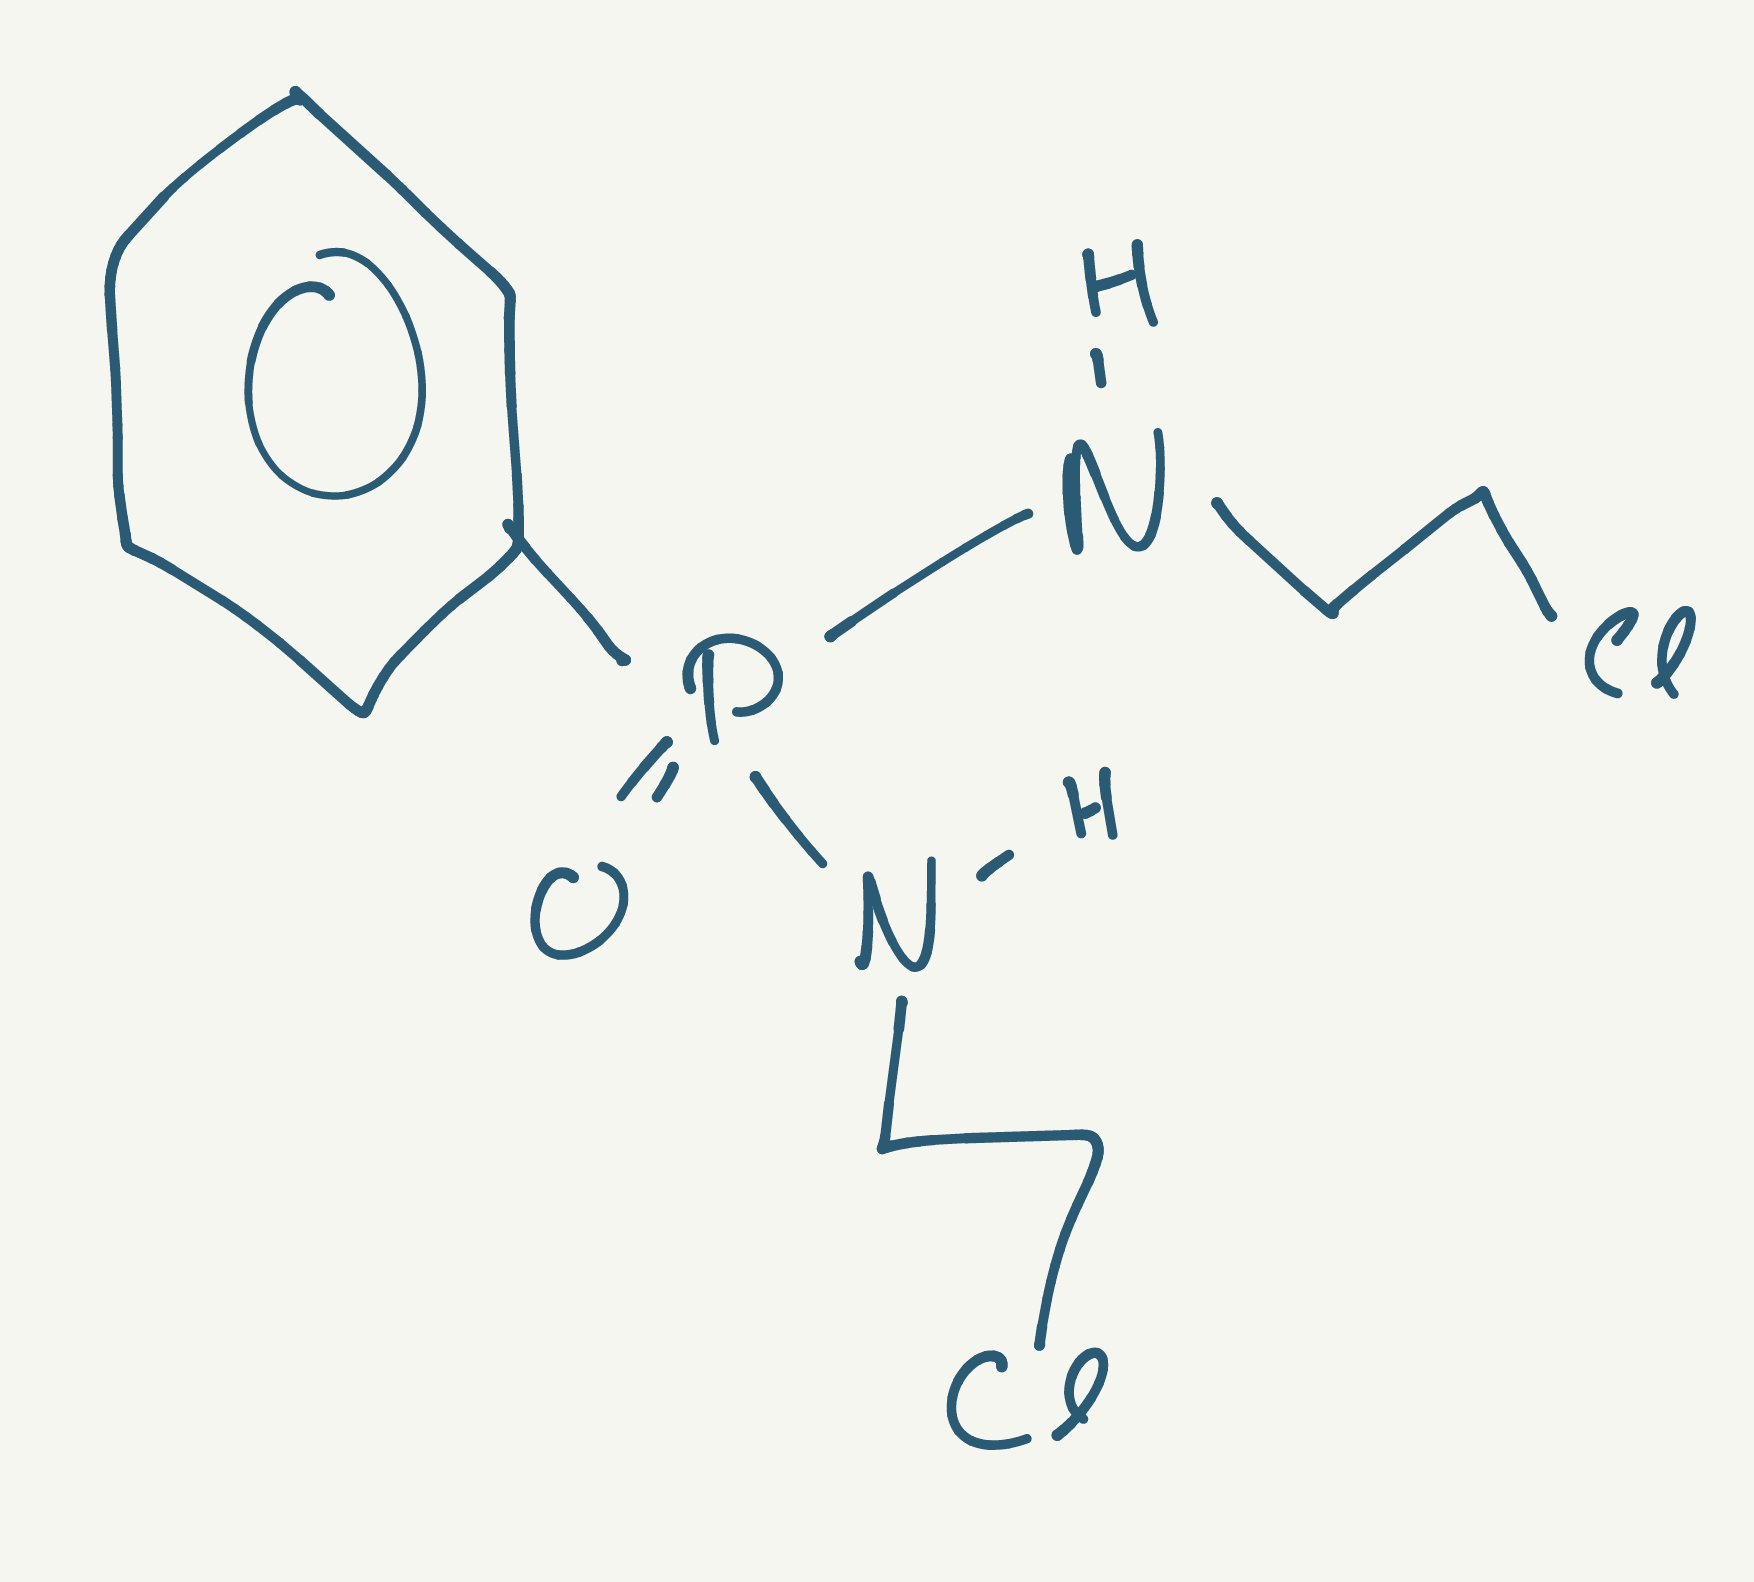
Simplified molecular-input line-entry system (SMILES) notation of the given molecule:
C1=CC=C(C=C1)P(=O)(NCCCl)NCCCl